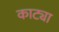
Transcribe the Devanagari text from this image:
काट्या